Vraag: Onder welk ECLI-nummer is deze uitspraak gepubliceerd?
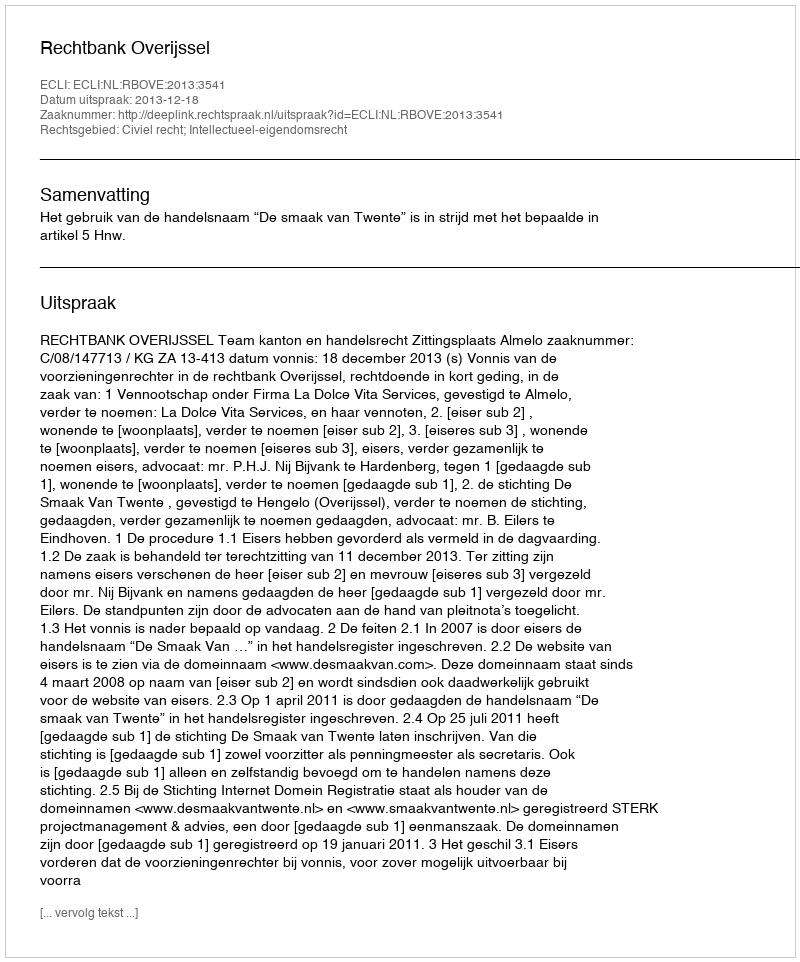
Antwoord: ECLI:NL:RBOVE:2013:3541